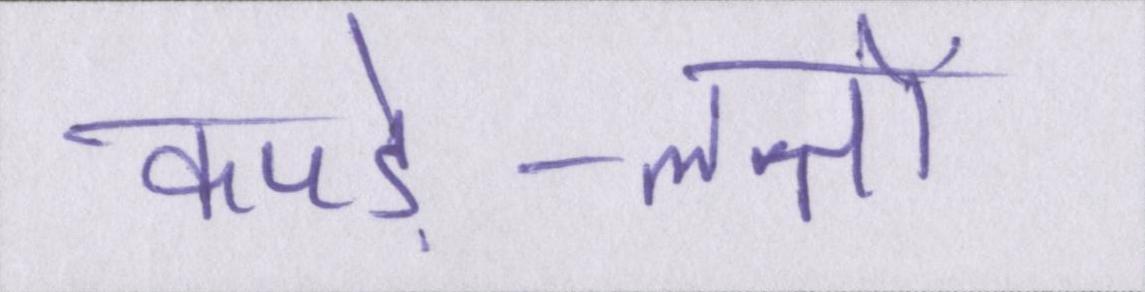
कपड़े-लत्तों